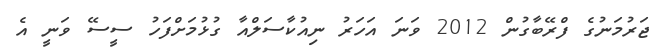
ޖަރުމަނުގެ ފްރޭބާގުން 2012 ވަނަ އަހަރު ނިއުކާސަލްއާ ގުޅުމަށްފަހު ސީސޭ ވަނީ އެ